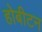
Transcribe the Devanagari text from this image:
होबीटन